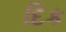
દિક